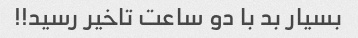
بسیار بد با دو ساعت تاخیر رسید!!